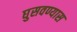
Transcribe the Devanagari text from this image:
घुसवण्यास